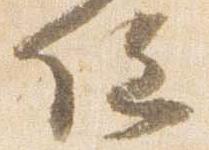
位